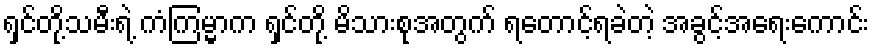
ရှင်တို့သမီးရဲ့ ကံကြမ္မာက ရှင်တို့ မိသားစုအတွက် ရတောင့်ရခဲတဲ့ အခွင့်အရေးကောင်း